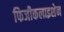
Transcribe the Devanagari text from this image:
फिजीकलाइशेन